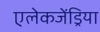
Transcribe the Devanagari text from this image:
एलेकजेंड्रिया